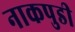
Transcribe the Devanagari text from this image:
नाकपुडी